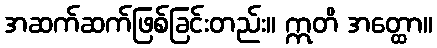
အဆက်ဆက်ဖြစ်ခြင်းတည်း။ ဣတိ အတ္ထော။